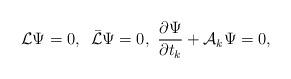
LaTeX: \begin{align*}{\cal L}\Psi=0,\,\,\, \bar{\cal L}\Psi=0,\,\, {\partial\Psi\over\partial t_k} +{\cal A}_k\Psi=0,\end{align*}